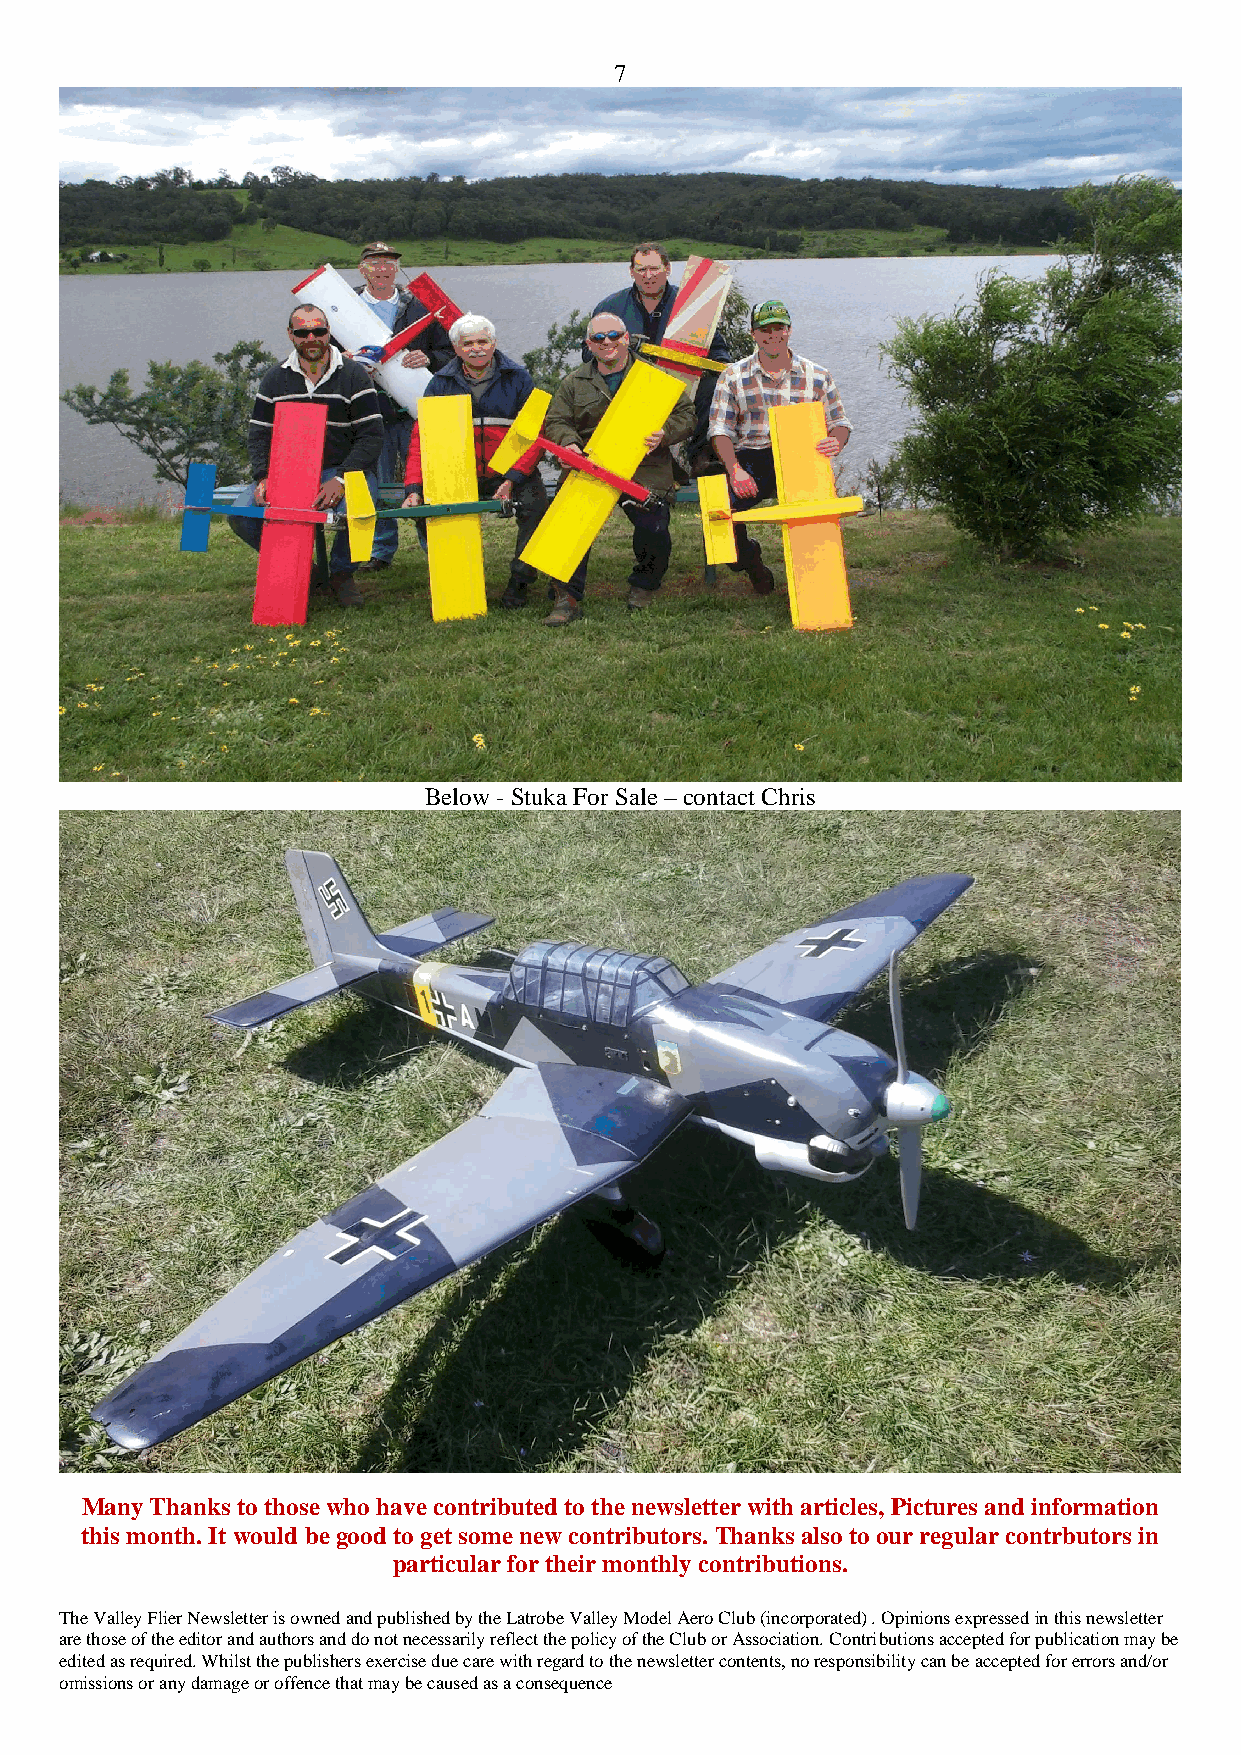
7
 Below - Stuka For Sale – contact Chris
 Many Thanks to those who have contributed to the newsletter with articles, Pictures and information
 this month. It would be good to get some new contributors. Thanks also to our regular contrbutors in
 particular for their monthly contributions.
 The Valley Flier Newsletter is owned and published by the Latrobe Valley Model Aero Club (incorporated) . Opinions expressed in this newsletter
 are those of the editor and authors and do not necessarily reflect the policy of the Club or Association. Contributions accepted for publication may be
 edited as required. Whilst the publishers exercise due care with regard to the newsletter contents, no responsibility can be accepted for errors and/or
 omissions or any damage or offence that may be caused as a consequence